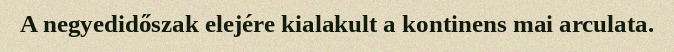
A negyedidőszak elejére kialakult a kontinens mai arculata.